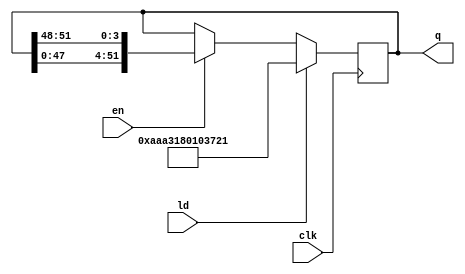
module cyclic_shifter(ld,en,clk,q);
  parameter storage_bits=52;
  parameter shift_bits=4;
  //
  input ld,en,clk;
  output[storage_bits-1:0] q;
  reg[storage_bits-1:0] q;
 always @(posedge clk)
    begin
      if(ld) q=52'haaa3180103721;
      else if(en)
         q={q[47:0],q[51:48]};//{}?,?begin?
		else q= q;
	end
endmodule